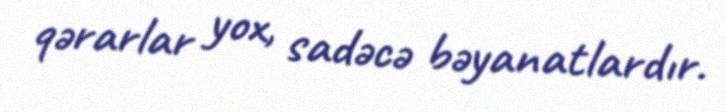
qərarlar yox, sadəcə bəyanatlardır.